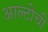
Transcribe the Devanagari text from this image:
आल्टोची